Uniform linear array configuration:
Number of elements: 48
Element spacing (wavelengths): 0.25
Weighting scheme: blackman
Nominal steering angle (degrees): -15
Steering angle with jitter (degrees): -14.133
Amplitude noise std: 0.05
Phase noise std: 0.05

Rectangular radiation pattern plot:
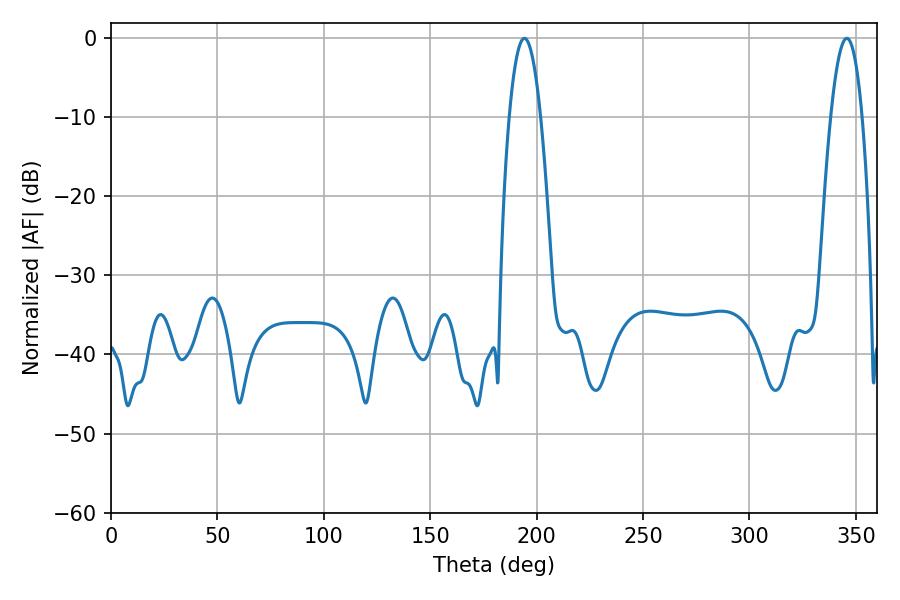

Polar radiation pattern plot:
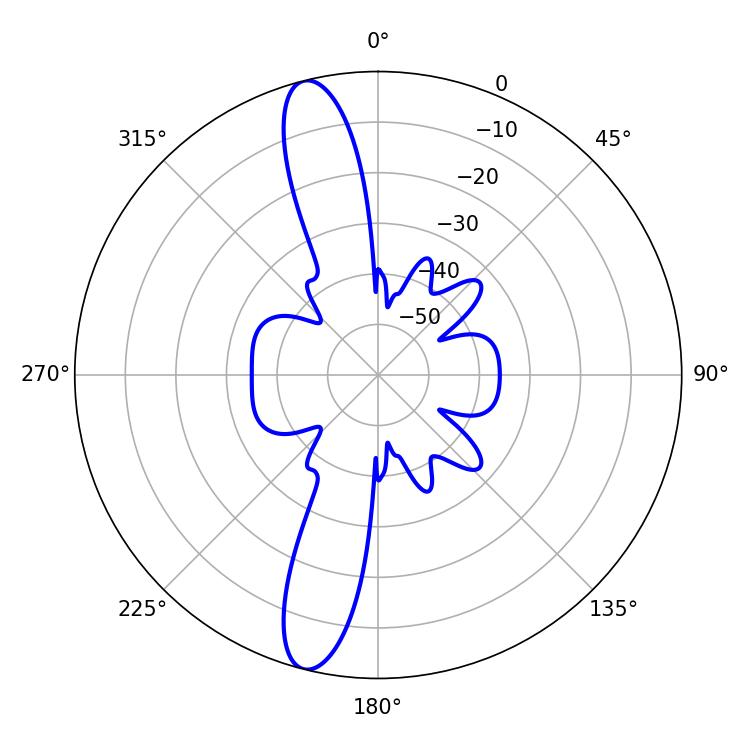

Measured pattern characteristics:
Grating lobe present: FALSE
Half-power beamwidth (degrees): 8.1
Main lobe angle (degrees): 345.78